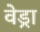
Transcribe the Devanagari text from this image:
वेड्रा